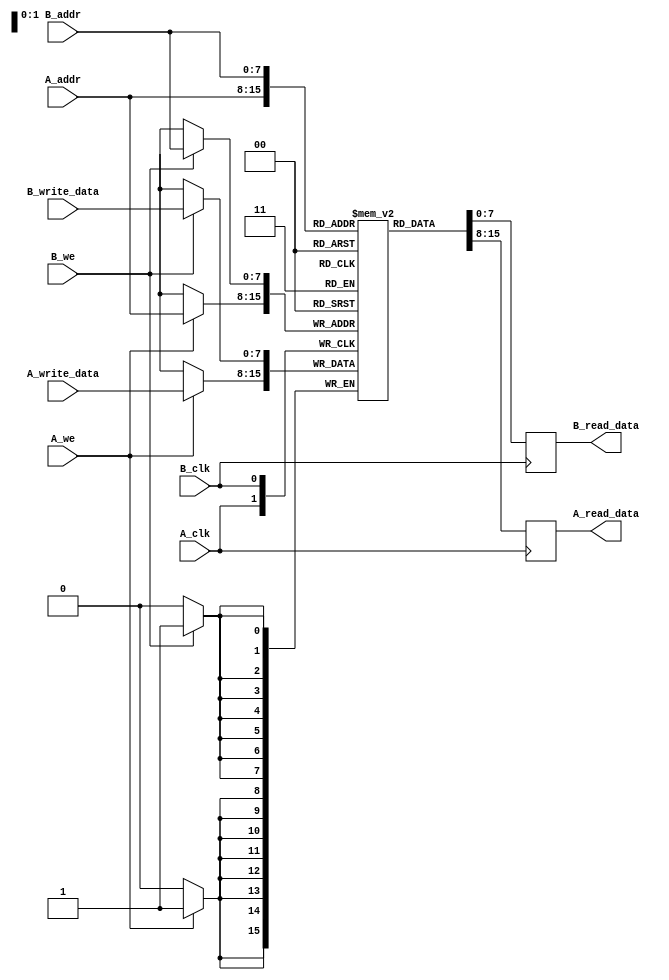
module dual_port_scratchpad_memory #(
    parameter WORD_WIDTH = 8,         // Width of each memory word (in bits)
    parameter MEMORY_SIZE = 256        // Number of words in memory
) (
    // Port A signals
    input  wire [7:0]  A_addr,
    input  wire [WORD_WIDTH-1:0] A_write_data,
    input  wire        A_we,          // Write Enable for Port A
    input  wire        A_clk,         // Clock for Port A
    output reg [WORD_WIDTH-1:0] A_read_data,

    // Port B signals
    input  wire [7:0]  B_addr,
    input  wire [WORD_WIDTH-1:0] B_write_data,
    input  wire        B_we,          // Write Enable for Port B
    input  wire        B_clk,         // Clock for Port B
    output reg [WORD_WIDTH-1:0] B_read_data
);

    // Memory array
    reg [WORD_WIDTH-1:0] memory [0:MEMORY_SIZE-1];

    // Port A operations
    always @(posedge A_clk) begin
        if (A_we) begin
            // Write operation on Port A
            memory[A_addr] <= A_write_data;
        end
        // Read operation on Port A (even when not writing)
        A_read_data <= memory[A_addr];
    end

    // Port B operations
    always @(posedge B_clk) begin
        if (B_we) begin
            // Write operation on Port B
            memory[B_addr] <= B_write_data;
        end
        // Read operation on Port B (even when not writing)
        B_read_data <= memory[B_addr];
    end

endmodule